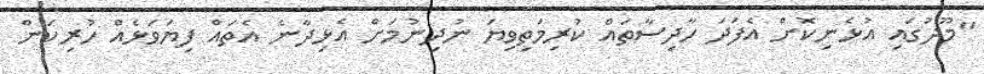
"މޫދުގައި އުޅެނިކޮށް އެފަދަ ހާދިސާތައް ކުރިމަތިވިޔަ ނުދިނުމަށް އެޅިދާނެ އެތައް ފިޔަވަޅެއް ހުރިކަން